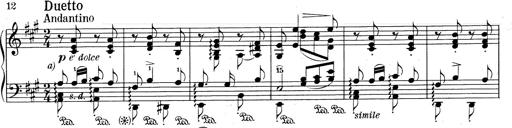
Title: RÃ©miniscences de Don Juan
Composer: Franz Liszt